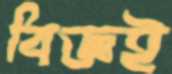
বিজ্ঞই